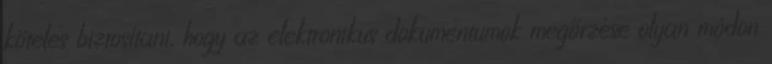
köteles biztosítani, hogy az elektronikus dokumentumok megőrzése olyan módon